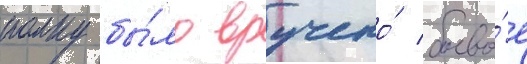
полку бы́ло вручено́ боево́е